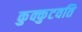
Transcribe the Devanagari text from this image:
कुक्कुटवति